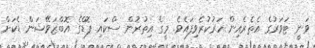
ވަނީ ޓަވަރުގެ އެތެރެއިން ހަރުކުރެވިފައެވެ. މީގެ އިތުރުން ސްކައި ޕޮޑްގެ އޮބްޒަވޭޝަން ޑެކަށް